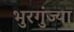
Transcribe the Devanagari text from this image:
भुरगुंज्या